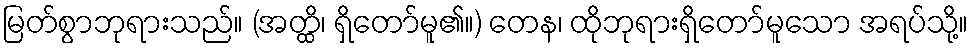
မြတ်စွာဘုရားသည်။ (အတ္ထိ၊ ရှိတော်မူ၏။) တေန၊ ထိုဘုရားရှိတော်မူသော အရပ်သို့။